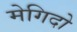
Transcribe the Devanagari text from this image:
मेगिदो